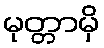
မုတ္တာမှိ